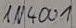
Text: IN4001